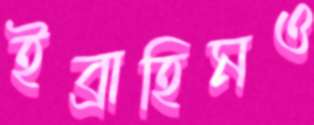
ইব্রাহিমও